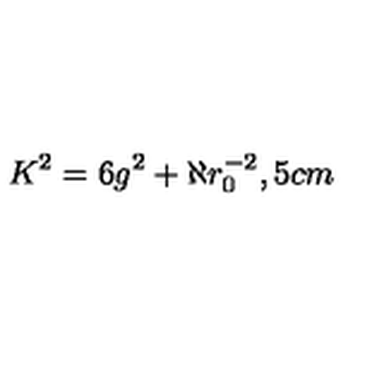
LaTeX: K ^ { 2 } = 6 g ^ { 2 } + \aleph r _ { 0 } ^ { - 2 } , \hspace { . 5 c m }